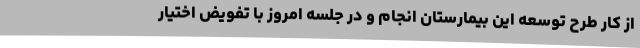
از کار طرح توسعه این بیمارستان انجام و در جلسه امروز با تفویض اختیار